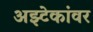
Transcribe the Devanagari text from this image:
अझ्टेकांवर